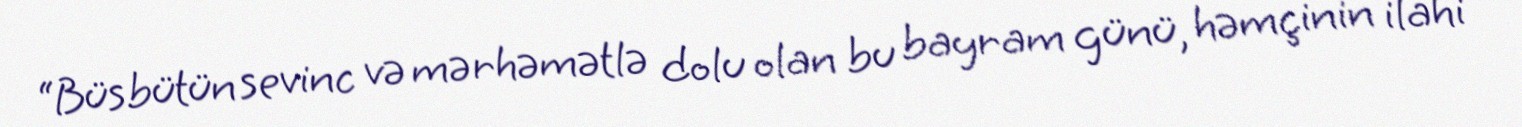
“Büsbütün sevinc və mərhəmətlə dolu olan bu bayram günü, həmçinin ilahi